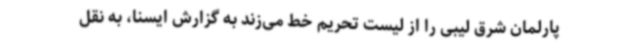
پارلمان شرق لیبی را از لیست تحریم خط می‌زند به گزارش ایسنا، به نقل